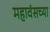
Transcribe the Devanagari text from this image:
महावंसच्या